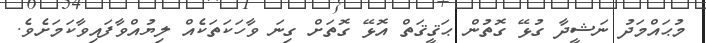
މުޙައްމަދު ނަޝީދާ ގުޅޭ ގޮތުން ޙަޤީޤަތް އޮޅޭ ގޮތަށް ގިނަ ވާހަކަތަކެއް ލިޔުއްވާފައިވާކަމަށެވެ.